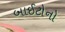
બાઈટોનો